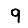
Digit: 9